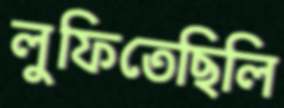
লুফিতেছিলি